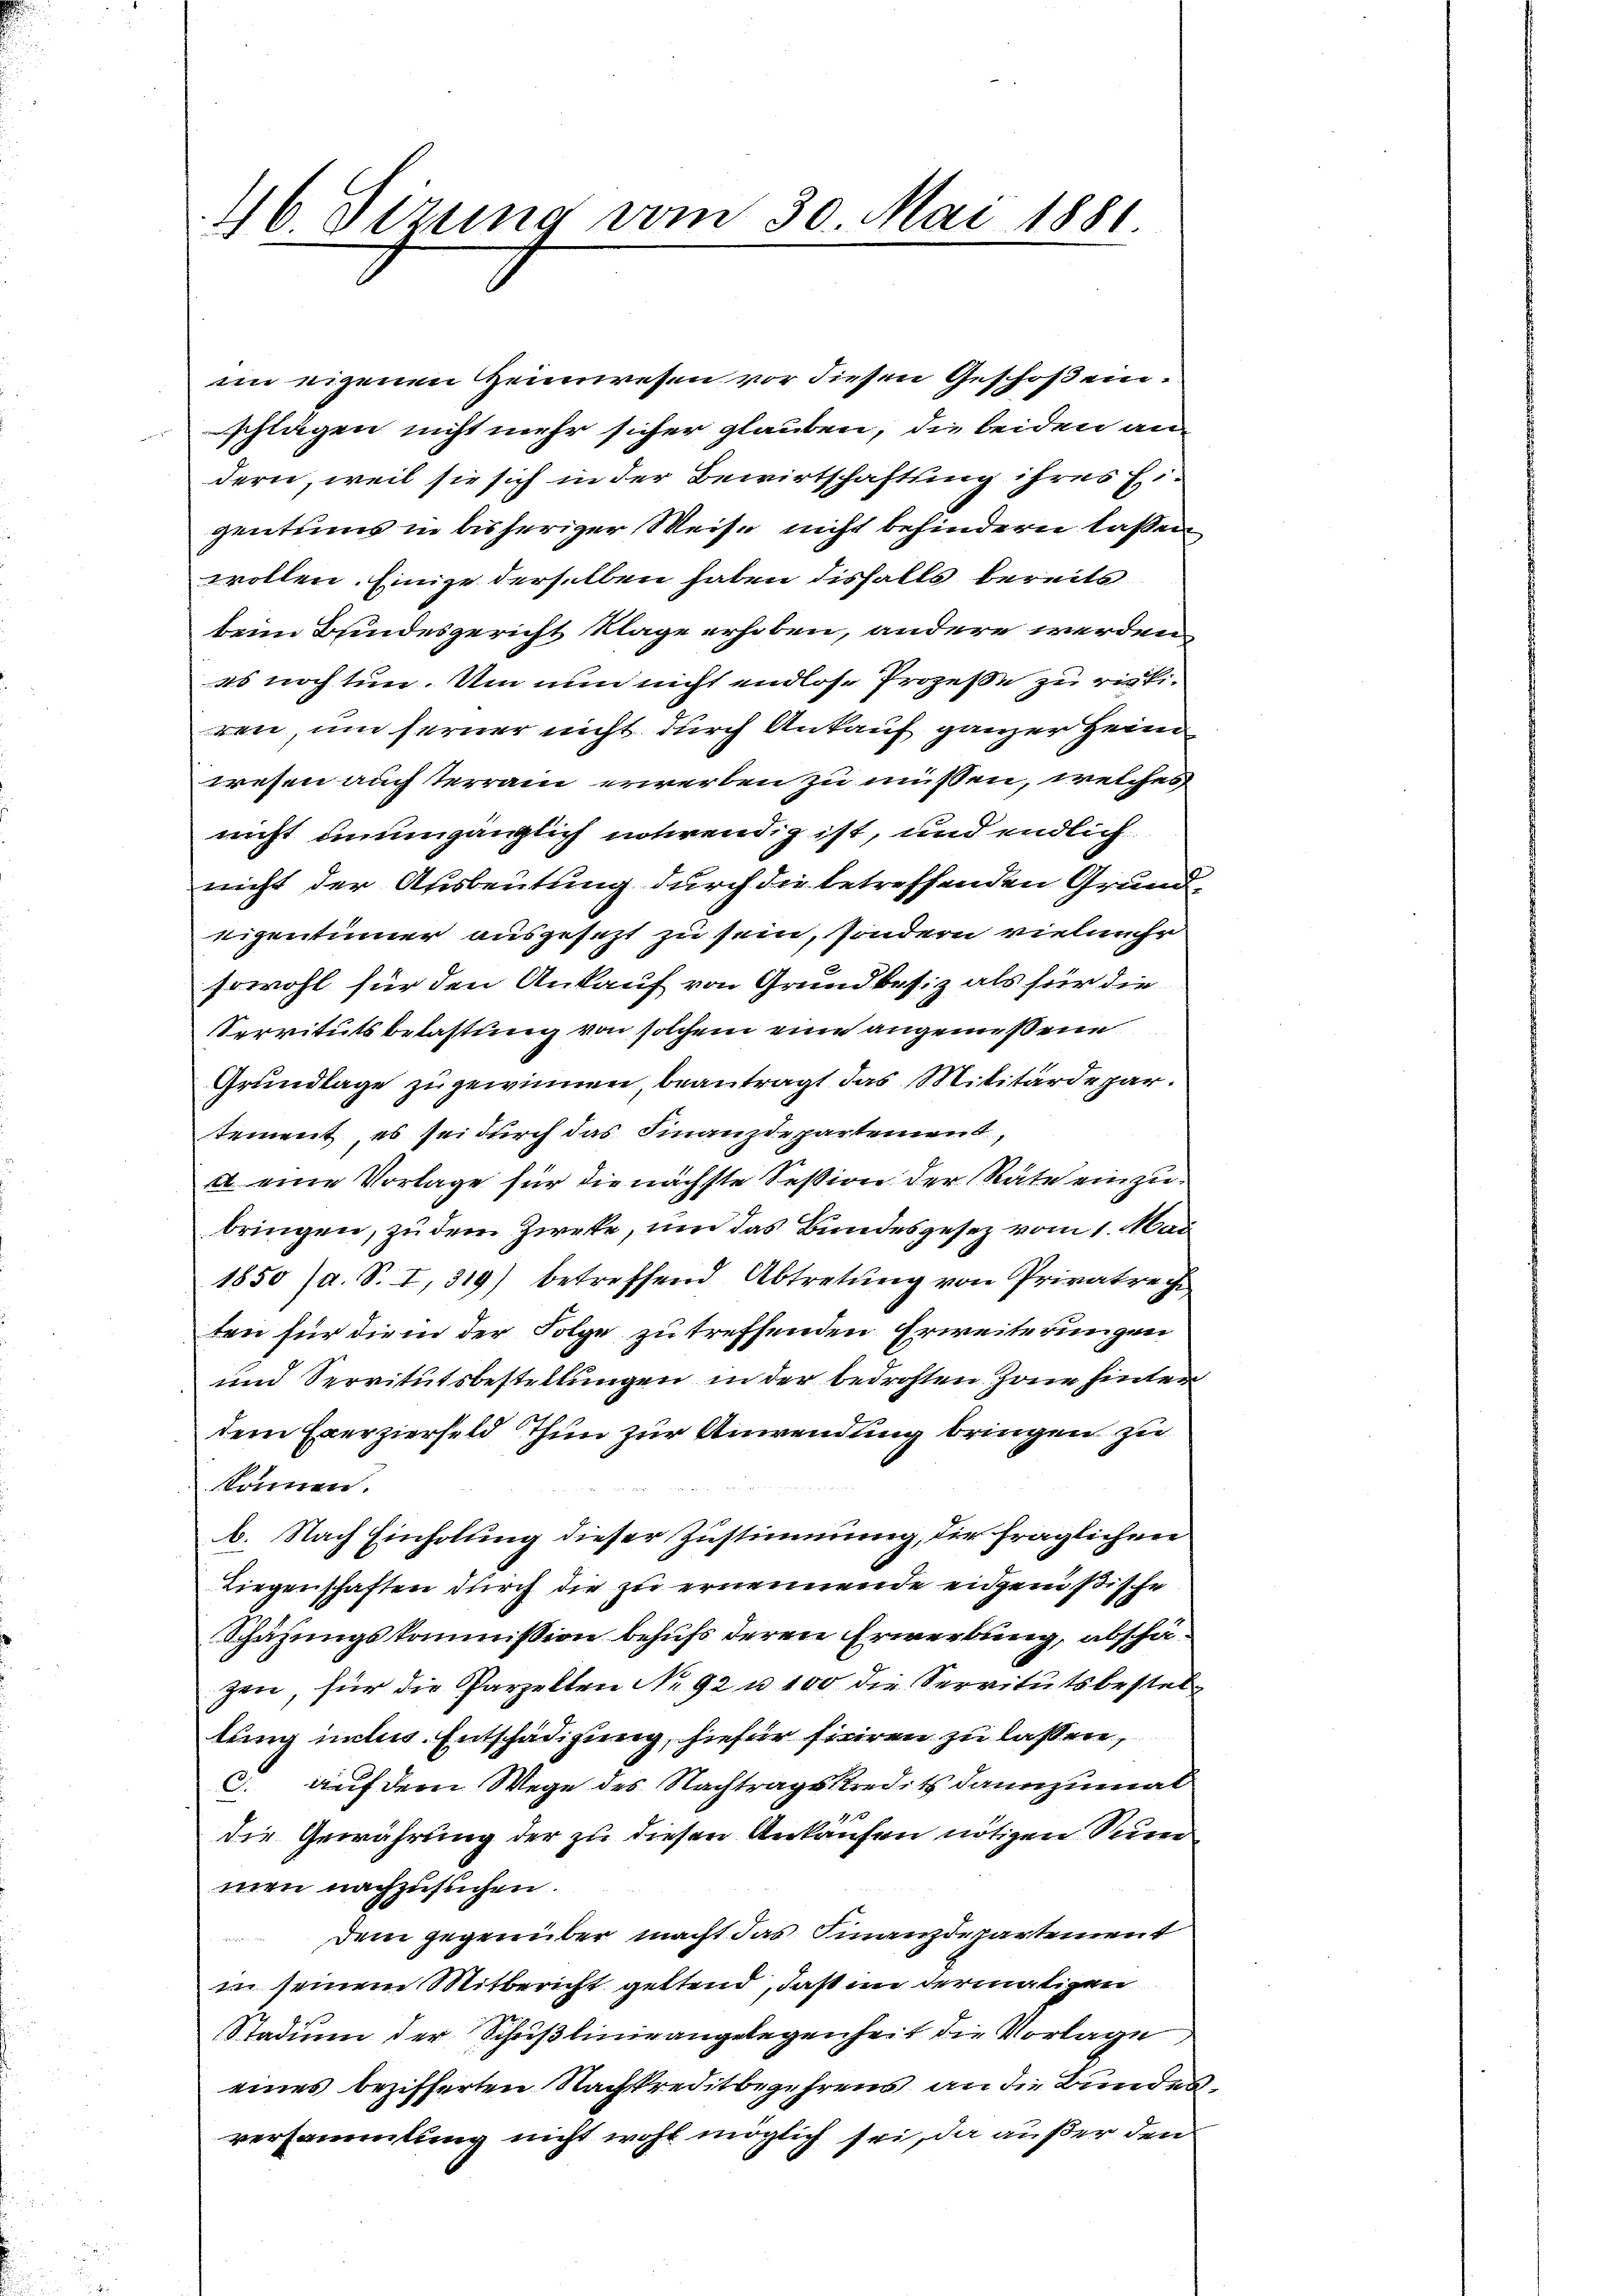
46. Sizung vom 30. Mai 1881

im eigenen Heimwesen vor diesen Geschoßenschlägen nicht mehr sicher glauben, die beiden an
dern, weil sie sich in der Bewirtschaftung ihres Eigentums in bisheriger Weise nicht behindern laßen
wollen. Einige derselben haben disfalls bereits
beim Bundesgericht Klage erhoben, andere werden
es noch tun. Um nun nicht endlose Prozesse zu richtiren, um ferner nicht durch Ankauf ganzer Heim
wesen auch terrain erwerben zu müssen, welches
nicht unumgänglich notwendig ist, und endlich
nicht der Ausbeutung durch die betreffenden Grundeigentümer ausgesezt zu sein, sondern vielmehr
sowohl für den Ankauf von Grundbesiz als für die
Servitutsbelastung von solchem eine angemeßene
Grundlage zugewinnen, beantragt das Militärdepartement, es sei durch das Finanzdepartement,
a eine Vorlage für die nächste Session der Rate einzubringen, zu dem Zweke, um das Bundesgesez vom 1. Mai
1850 (a. S. I, 319) betreffend Abtretung von Privatreche
ten für die in der Folge zu treffenden Erweiterungen
und Servitutsbestellungen in der bedrohten Jone hinter
dem Exerzierfeld Thun zur Anwendung bringen zu
können.
b. Nach Einholung dieser Zustimmung, die fraglichen
Liegenschaften durch die zu ernennende eidgenößische
Schätzungskommission behufs deren Erwerbung, abschäzen, für die Parzelten No 92 u. 100 die Servitutsbestellung inclus. Entschädigung, hiefür ficiren zu lassen,
c. auf dem Wege des Nachtragskredits dannzumal
die Gewährung der zu diesen Ankaufen nötigen Seen
men nachzusuchen.
Dem gegenüber macht das Finanzdepartement
in seinem Mitbericht geltend, daß in dermaligen
Stadium der Schrißlinie angelegenheit die Vorlage
eines bezifferten Nachkreditbegehrens an die Bundesversammlung nicht wohl möglich sei, da außer den